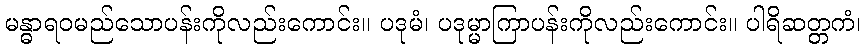
မန္ဓာရဝမည်သောပန်းကိုလည်းကောင်း။ ပဒုမံ၊ ပဒုမ္မာကြာပန်းကိုလည်းကောင်း။ ပါရိဆတ္တကံ၊